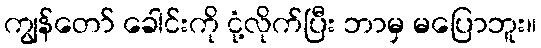
ကျွန်တော် ခေါင်းကို ငုံ့လိုက်ပြီး ဘာမှ မပြောဘူး။